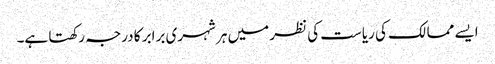
ایسے ممالک کی ریاست کی نظر میں ہر شہری برابر کا درجہ رکھتا ہے۔